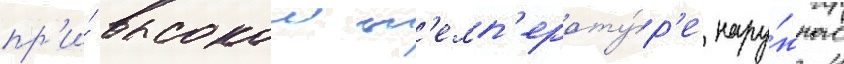
пр'и́ высокои т'емп'ерату́р'е нару́жного